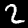
Label: 2